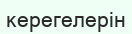
керегелерін